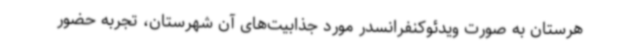
هرستان به صورت ویدئوکنفرانسدر مورد جذابیت‌های آن شهرستان، تجربه حضور